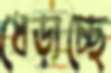
ধেড়াচ্ছে